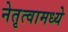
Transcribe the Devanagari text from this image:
नेतृत्वामध्ये